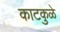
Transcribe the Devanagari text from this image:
काटकुळे